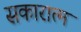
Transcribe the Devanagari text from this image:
सकारात्म